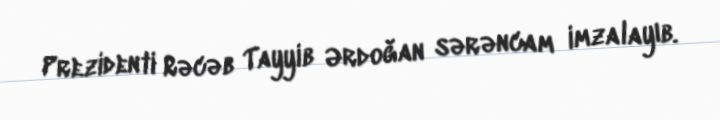
Prezidenti Rəcəb Tayyib Ərdoğan sərəncam imzalayıb.